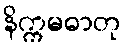
နိက္ကမဓာတု